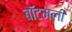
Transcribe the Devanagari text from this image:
बॉटमली